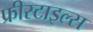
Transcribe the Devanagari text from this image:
फ्रीस्टाइल्स